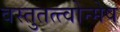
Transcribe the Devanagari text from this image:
वस्तुतत्त्वोन्मेष